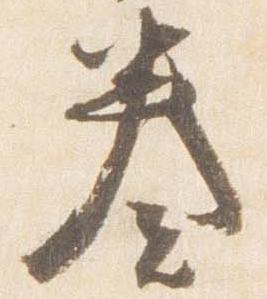
奏